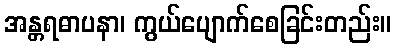
အန္တရဓာပနာ၊ ကွယ်ပျောက်စေခြင်းတည်း။